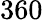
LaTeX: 360